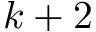
k + 2